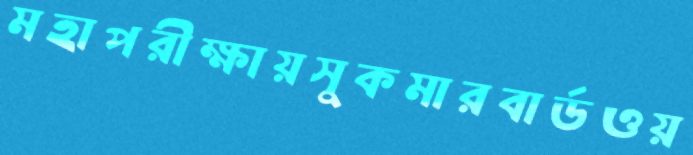
মহাপরীক্ষায়সুকমারবার্ডওয়